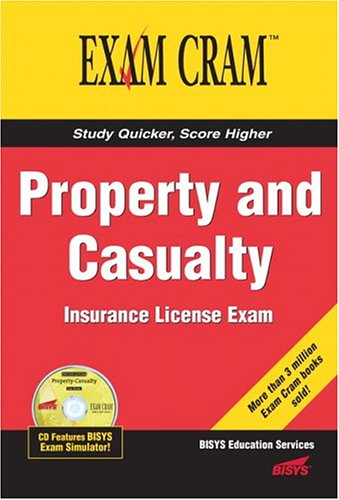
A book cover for Property and Casualty Insurance License Exam Cram; Bisys Educational Services; Test Preparation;